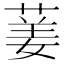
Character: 葁